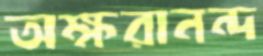
অক্ষরানন্দ